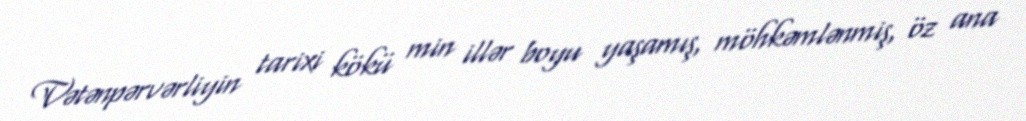
Vətənpərvərliyin tarixi kökü min illər boyu yaşamış, möhkəmlənmiş, öz ana